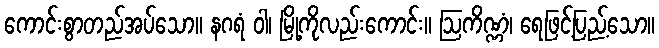
ကောင်းစွာတည်အပ်သော။ နဂရံ ဝါ၊ မြို့ကိုလည်းကောင်း။ ဩကိဏ္ဏံ၊ ရေဖြင့်ပြည့်သော။